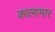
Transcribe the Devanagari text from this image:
कालामार